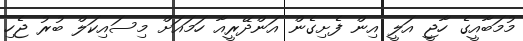
މުމަބާއީގެ ހާޖީ އަލީ އިން ފެށިގެން އަންދޭރީއާ ހަމައަށް މިސައިކަލް ބުރު ޖެހި